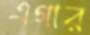
এগার